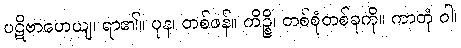
ပဋိဗာဟေယျ၊ ရာ၏။ ပုန၊ တစ်ဖန်။ ကိဉ္စိ၊ တစ်စုံတစ်ခုကို။ ကာတုံ ဝါ၊